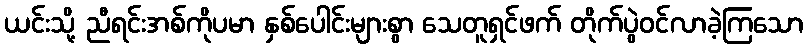
ယင်းသို့ ညီရင်းအစ်ကိုပမာ နှစ်ပေါင်းများစွာ သေတူရှင်ဖက် တိုက်ပွဲဝင်လာခဲ့ကြသော